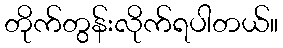
တိုက်တွန်းလိုက်ရပါတယ်။